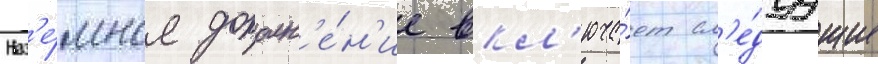
Наз'е́мное дополн'е́н'ие вкл'юча́ет сл'е́дуущие